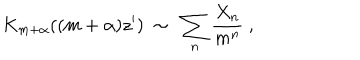
K _ { m + \alpha } ( ( m + \alpha ) z ^ { \prime } ) \ \sim \ \sum _ { n } \frac { X _ { n } } { m ^ { n } } \ ,